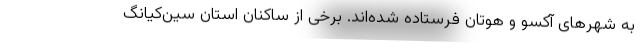
به شهرهای آکسو و هوتان فرستاده شده‌اند. برخی از ساکنان استان سین‌کیانگ